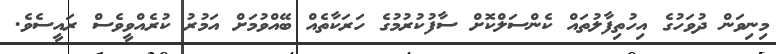
މިނިވަން ދުވަހުގެ އިހުތިފާލުތައް ކެންސަލްކޮށް ސާފުކުރުމުގެ ހަރަކާތެއް ބޭއްވުމަށް އަމުރު ކުރެއްވީވެސް ރައީސެވެ.